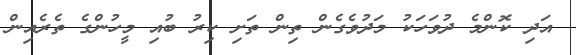
އަދި ކޮންމެ ދުވަހަކު މަދުވެގެން ތިން ތަށި ކިރު ބުއި މީހުންގެ ތެރެއިން